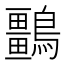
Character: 𪇏